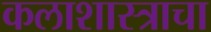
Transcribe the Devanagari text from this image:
कलाशास्त्राचा